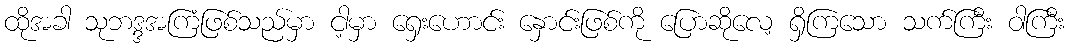
ထိုအခါ သုဘဒ္ဒအကြံဖြစ်သည်မှာ ငါ့မှာ ရှေးဟောင်း နှောင်းဖြစ်ကို ပြောဆိုလေ့ ရှိကြသော သက်ကြီး ဝါကြီး